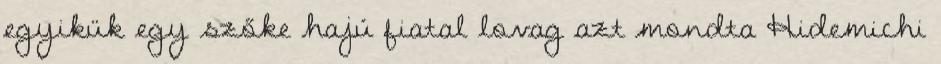
egyikük egy szőke hajú fiatal lovag azt mondta Hidemichi